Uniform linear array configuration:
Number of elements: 24
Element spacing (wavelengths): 0.25
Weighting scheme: cosine
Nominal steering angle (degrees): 0
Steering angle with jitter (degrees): -1.112
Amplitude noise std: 0.05
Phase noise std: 0.05

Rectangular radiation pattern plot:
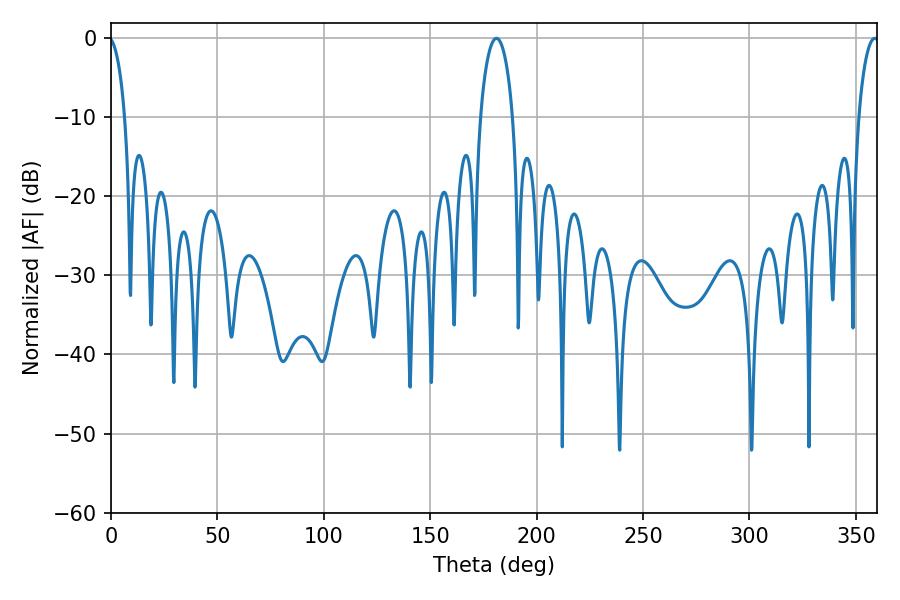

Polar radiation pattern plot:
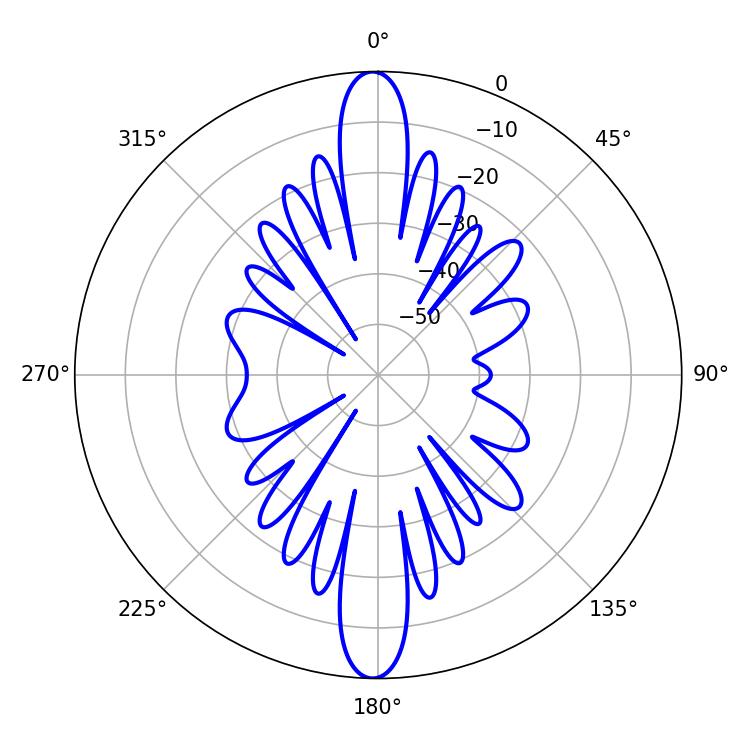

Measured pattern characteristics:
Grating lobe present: FALSE
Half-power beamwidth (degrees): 8.64
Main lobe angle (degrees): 181.08